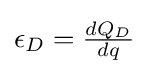
\epsilon _{D}={\tfrac {dQ_{D}}{dq}}